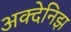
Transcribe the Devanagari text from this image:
अक्देनिझ